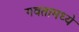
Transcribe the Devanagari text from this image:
गवतामध्ये